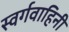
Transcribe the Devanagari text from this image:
स्वर्गवाहिनी